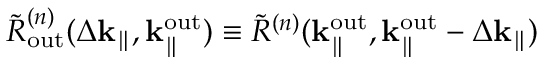
\Tilde { R } _ { \mathrm { o u t } } ^ { ( n ) } ( \Delta \mathbf { k } _ { \parallel } , \mathbf { k } _ { \parallel } ^ { \mathrm { o u t } } ) \equiv \Tilde { R } ^ { ( n ) } ( \mathbf { k } _ { \parallel } ^ { \mathrm { o u t } } , \mathbf { k } _ { \parallel } ^ { \mathrm { o u t } } - \Delta \mathbf { k } _ { \parallel } )